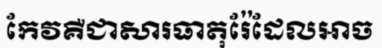
កែវគឺជាសារធាតុរ៉ែដែលអាច